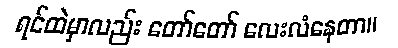
ရင်ထဲမှာလည်း တော်တော် လေးလံနေတာ။